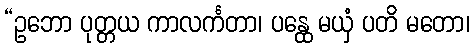
“ဥဘော ပုတ္တယ ကာလင်္ကတာ၊ ပန္ထေ မယှံ ပတိ မတော၊